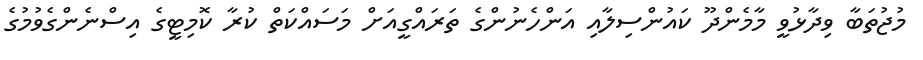
މުޖުތަބާ ވިދާޅުވީ މާމެންދޫ ކައުންސިލާއި އަންހެނުންގެ ތަރައްގީއަށް މަސައްކަތް ކުރާ ކޮމިޓީގެ އިސްނެންގެވުމުގެ